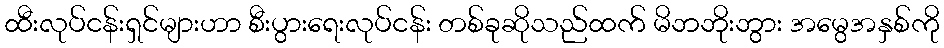
ထီးလုပ်ငန်းရှင်များဟာ စီးပွားရေးလုပ်ငန်း တစ်ခုဆိုသည်ထက် မိဘဘိုးဘွား အမွေအနှစ်ကို